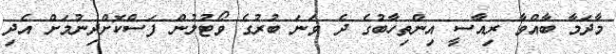
މާދަމާ ބާއްވާ ރިއާސީ އިންތިހާބުގެ ދެ ވަނަ ބުރުގެ ވޯޓުލުން ފަސްކޮށްދިނުމަށް އެދި